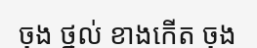
ចុង ថ្នល់ ខាងកើត ចុង